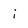
Character: i